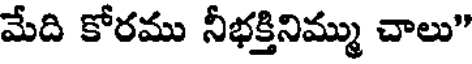
మేది కోరము నీభక్తినిమ్ము చాలు"